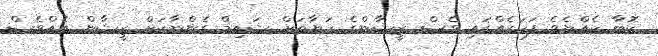
ކޮބާ ހެއްޔެވެ ފަހަރެއްގައި ވެސް ޒީޝާންގެ ހަޔާތަށް ޝައިމް ގެންނާކަށް ޒީޝާން އެއްވެސް